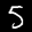
Label: 5